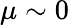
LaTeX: \mu\sim 0